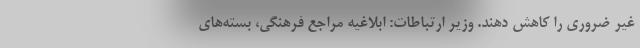
غیر ضروری را کاهش دهند. وزیر ارتباطات: ابلاغیه‌ مراجع فرهنگی، بسته‌های